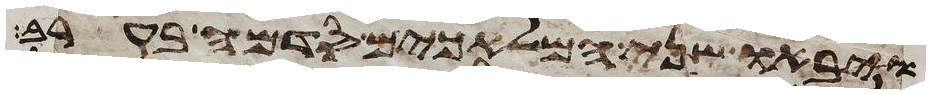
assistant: ויבאו שני המלאכים סדמה בערב